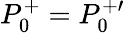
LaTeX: P_{0}^{+}=P_{0}^{+\prime}